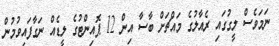
ނަމަވެސް ލީގުގައި ރެއާލުގެ މައްޗަށް ބާސާ އިން 12 ޕޮއިންޓުގެ ލީޑެއް ނަގާފައިވުމުން